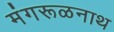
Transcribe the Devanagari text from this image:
मंगरूळनाथ